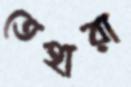
তেহারা